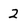
Character: 2